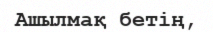
Ашылмақ бетің,